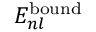
E _ { n l } ^ { \mathrm { b o u n d } }